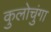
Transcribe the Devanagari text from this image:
कुलोचुंगा